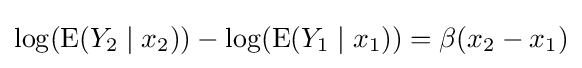
\log(\operatorname {E} (Y_{2}\mid x_{2}))-\log(\operatorname {E} (Y_{1}\mid x_{1}))=\beta (x_{2}-x_{1})